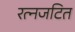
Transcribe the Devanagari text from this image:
रत्नजटित